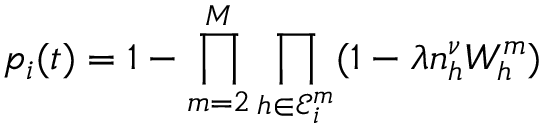
p _ { i } ( t ) = 1 - \prod _ { m = 2 } ^ { M } \prod _ { h \in \mathcal { E } _ { i } ^ { m } } ( 1 - \lambda n _ { h } ^ { \nu } W _ { h } ^ { m } )